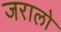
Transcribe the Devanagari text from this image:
जरालो